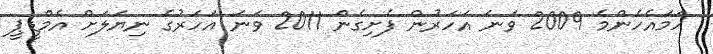
ހަމައެހެންމެ 2009 ވަނަ އަހަރުން ފެށިގެން 2011 ވަނަ އަހަރުގެ ނިޔަލަށް އެމްޑީޕީ